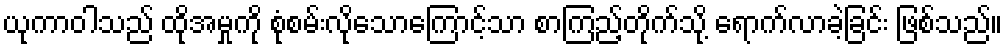
ယုကာဝါသည် ထိုအမှုကို စုံစမ်းလိုသောကြောင့်သာ စာကြည့်တိုက်သို့ ရောက်လာခဲ့ခြင်း ဖြစ်သည်။